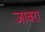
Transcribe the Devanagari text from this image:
जाबरा